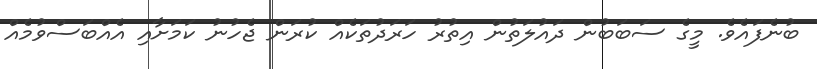
ބުނެފައެވެ. މީގެ ސަބަބުން ދައުލަތުން އިތުރު ހަރަދުތަކެއް ކުރަން ޖެހުނު ކަމަށާއި އެއްބަސްވުމެއް